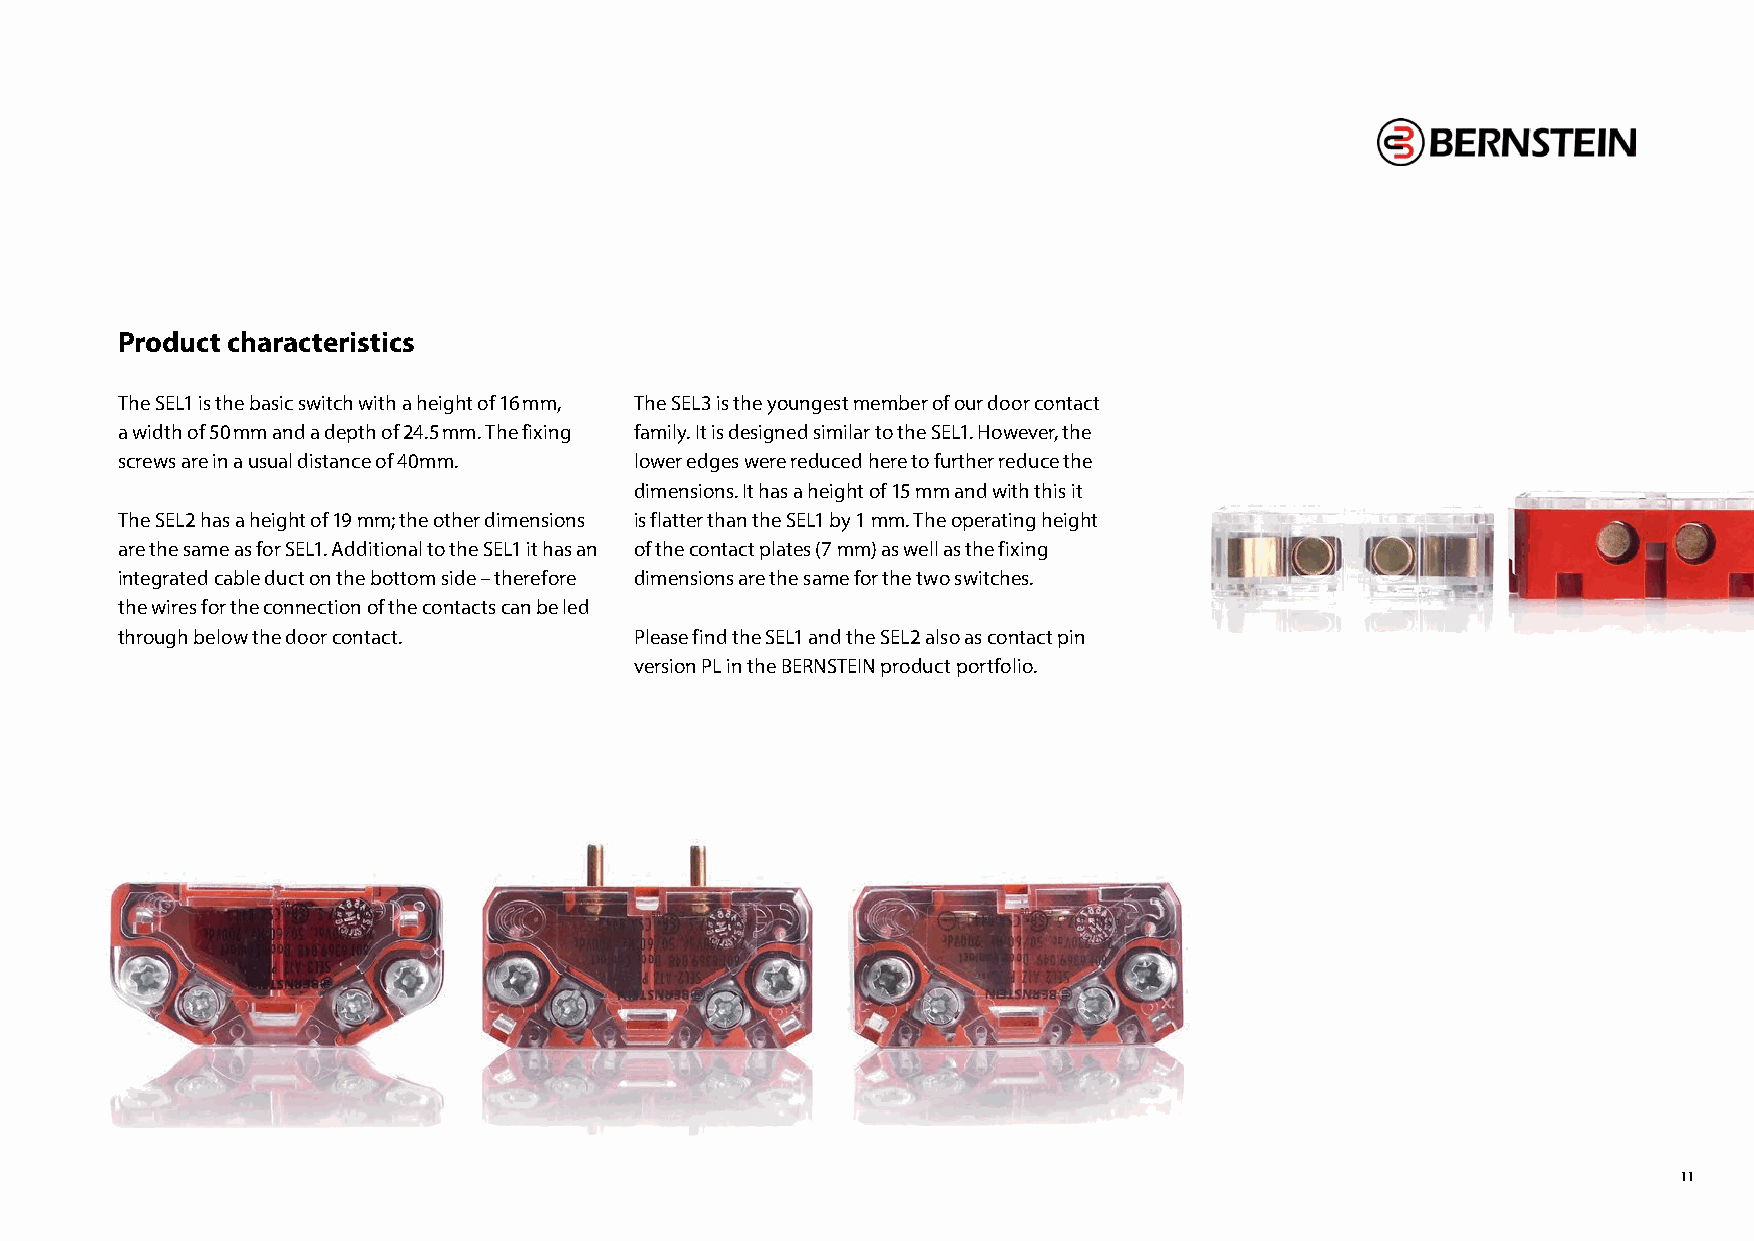
Product characteristics
 The SEL1 is the basic switch with a height of 16 mm, The SEL3 is the youngest member of our door contact
 a width of 50 mm and a depth of 24.5 mm. The fixing family. It is designed similar to the SEL1. However, the
 screws are in a usual distance of 40mm. lower edges were reduced here to further reduce the
 dimensions. It has a height of 15 mm and with this it
 The SEL2 has a height of 19 mm; the other dimensions is flatter than the SEL1 by 1 mm. The operating height
 are the same as for SEL1. Additional to the SEL1 it has an of the contact plates (7 mm) as well as the fixing
 integrated cable duct on the bottom side – therefore dimensions are the same for the two switches.
 the wires for the connection of the contacts can be led
 through below the door contact.   Please find the SEL1 and the SEL2 also as contact pin
 version PL in the BERNSTEIN product portfolio.
 11